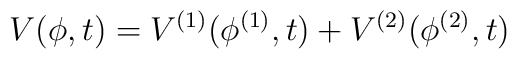
V(\phi,t)=V^{(1)}(\phi^{(1)},t)+V^{(2)}(\phi^{(2)},t)